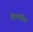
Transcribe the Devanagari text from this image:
सिक्सपैक